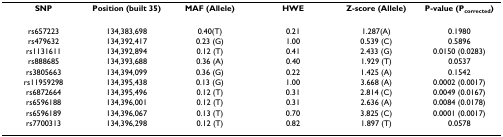
<table><thead><tr><td><b>SNP</b></td><td><b>Position (built 35)</b></td><td><b>MAF (Allele)</b></td><td><b>HWE</b></td><td><b>Z-score (Allele)</b></td><td><b>P-value (P<sub>corrected</sub>)</b></td></tr></thead><tbody><tr><td>rs657223</td><td>134,383,698</td><td>0.40(T)</td><td>0.21</td><td>1.287(A)</td><td>0.1980</td></tr><tr><td>rs479632</td><td>134,392,417</td><td>0.23 (G)</td><td>1.00</td><td>0.539 (C)</td><td>0.5896</td></tr><tr><td>rs1131611</td><td>134,392,894</td><td>0.12 (T)</td><td>0.41</td><td>2.433 (G)</td><td>0.0150 (0.0283)</td></tr><tr><td>rs888685</td><td>134,393,688</td><td>0.36 (A)</td><td>0.40</td><td>1.929 (T)</td><td>0.0537</td></tr><tr><td>rs3805663</td><td>134,394,099</td><td>0.36 (G)</td><td>0.22</td><td>1.425 (A)</td><td>0.1542</td></tr><tr><td>rs11959298</td><td>134,395,438</td><td>0.13 (G)</td><td>1.00</td><td>3.668 (A)</td><td>0.0002 (0.0017)</td></tr><tr><td>rs6872664</td><td>134,395,496</td><td>0.12 (T)</td><td>0.31</td><td>2.814 (C)</td><td>0.0049 (0.0167)</td></tr><tr><td>rs6596188</td><td>134,396,001</td><td>0.12 (T)</td><td>0.31</td><td>2.636 (A)</td><td>0.0084 (0.0178)</td></tr><tr><td>rs6596189</td><td>134,396,067</td><td>0.13 (T)</td><td>0.70</td><td>3.825 (C)</td><td>0.0001 (0.0017)</td></tr><tr><td>rs7700313</td><td>134,396,298</td><td>0.12 (T)</td><td>0.82</td><td>1.897 (T)</td><td>0.0578</td></tr></tbody></table>